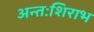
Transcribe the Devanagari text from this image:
अन्तःशिराभ